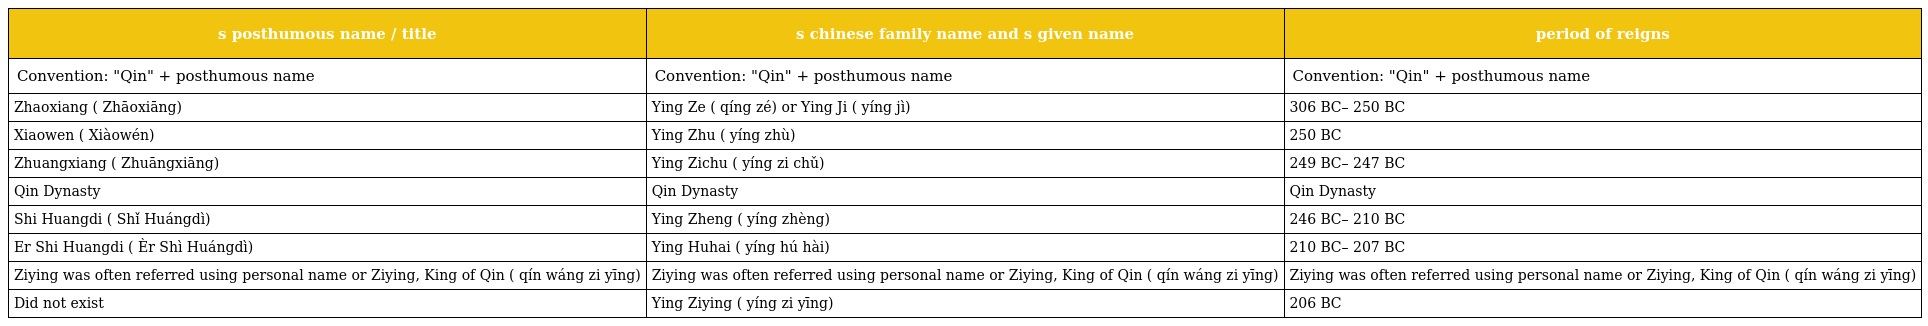
| s posthumous name / title | s chinese family name and s given name | period of reigns |
 | --- | --- | --- |
 | Convention: "Qin" + posthumous name | Convention: "Qin" + posthumous name | Convention: "Qin" + posthumous name |
 | Zhaoxiang (昭襄 Zhāoxiāng) | Ying Ze (嬴則 qíng zé) or Ying Ji (嬴稷 yíng jì) | 306 BC– 250 BC |
 | Xiaowen (孝文 Xiàowén) | Ying Zhu (嬴柱 yíng zhù) | 250 BC |
 | Zhuangxiang (莊襄 Zhuāngxiāng) | Ying Zichu (嬴子楚 yíng zi chǔ) | 249 BC– 247 BC |
 | Qin Dynasty | Qin Dynasty | Qin Dynasty |
 | Shi Huangdi (始皇帝 Shǐ Huángdì) | Ying Zheng (嬴政 yíng zhèng) | 246 BC– 210 BC |
 | Er Shi Huangdi (二世皇帝 Èr Shì Huángdì) | Ying Huhai (嬴胡亥 yíng hú hài) | 210 BC– 207 BC |
 | Ziying was often referred using personal name or Ziying, King of Qin (秦王子嬰 qín wáng zi yīng) | Ziying was often referred using personal name or Ziying, King of Qin (秦王子嬰 qín wáng zi yīng) | Ziying was often referred using personal name or Ziying, King of Qin (秦王子嬰 qín wáng zi yīng) |
 | Did not exist | Ying Ziying (嬴子嬰 yíng zi yīng) | 206 BC |